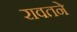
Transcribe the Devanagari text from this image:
रावतने